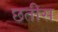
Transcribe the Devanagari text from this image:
छतीस